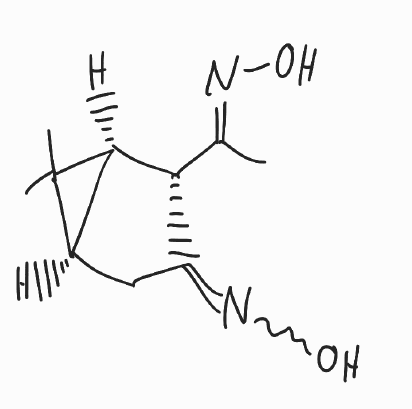
Simplified molecular-input line-entry system (SMILES) notation of the given molecule:
C/C(=N\O)/[C@H]1[C@H]2[C@H](C2(C)C)CC1=NO